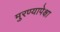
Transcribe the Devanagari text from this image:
मुरण्यापेक्षा